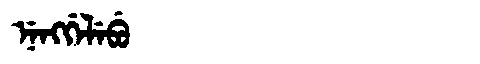
Manchu: ᠨᡝᠩᡤᡝᠯᡝᠪᡠ
Romanization: NENGGELEBU